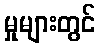
မှုများတွင်